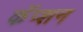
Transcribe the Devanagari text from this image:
कॅप्शन